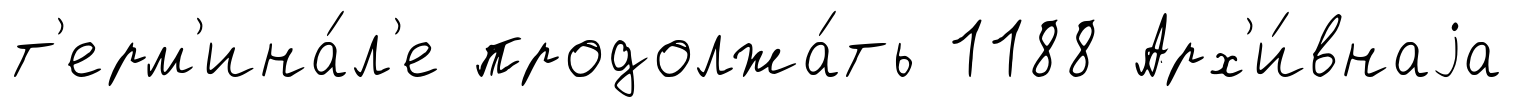
т'ерм'ина́л'е продолжа́ть 1188 Арх'и́внаjа